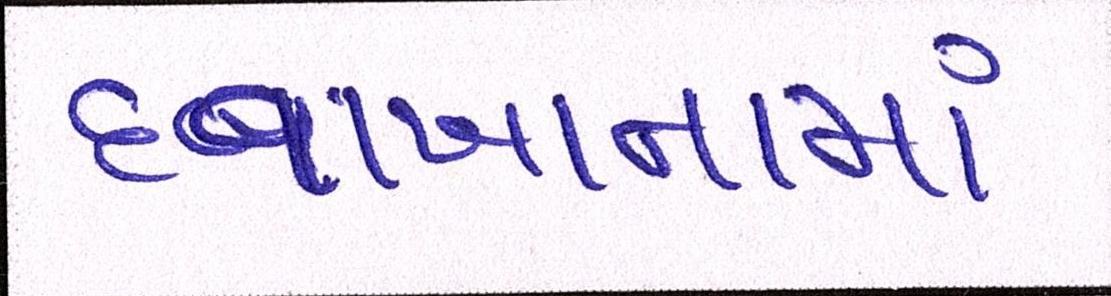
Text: દવાખાનામાં